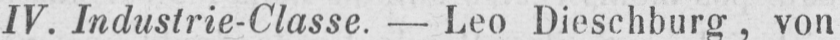
IV. Industrie-Classe. - Leo Dieschburg, von